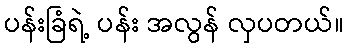
ပန်းခြံရဲ့ ပန်း အလွန် လှပတယ်။